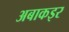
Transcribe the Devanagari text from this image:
अबाकइर